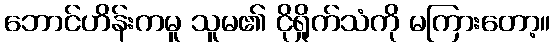
ဘောင်ဟိန်းကမူ သူမ၏ ငိုရှိုက်သံကို မကြားတော့။